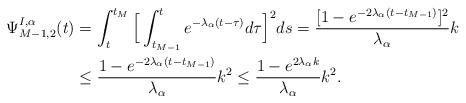
LaTeX: \begin{align*}\Psi_{M-1,2}^{I,\alpha}(t)&=\int_t^{t_M} \Big[\int_{t_{M-1}}^t e^{-\lambda_\alpha(t-\tau)}d\tau \Big]^2ds =\frac{[1-e^{-2\lambda_\alpha(t-t_{M-1})}]^2}{\lambda_\alpha} k \\&\leq \frac{1-e^{-2\lambda_\alpha(t-t_{M-1})}}{\lambda_\alpha} k^2\leq \frac{1-e^{2\lambda_\alpha k}}{\lambda_\alpha} k^2.\end{align*}